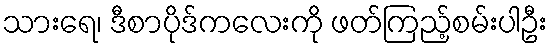
သားရေ၊ ဒီစာပိုဒ်ကလေးကို ဖတ်ကြည့်စမ်းပါဦး